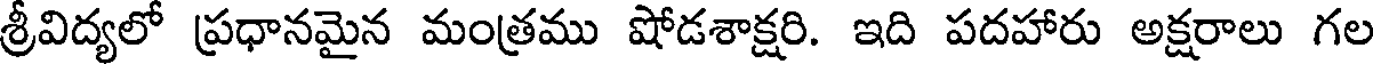
శ్రీవిద్యలో ప్రధానమైన మంత్రము షోడశాక్షరి. ఇది పదహారు అక్షరాలు గల